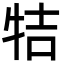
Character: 㸵